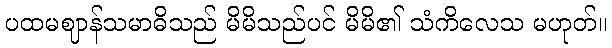
ပထမဈာန်သမာဓိသည် မိမိသည်ပင် မိမိ၏ သံကိလေသ မဟုတ်။